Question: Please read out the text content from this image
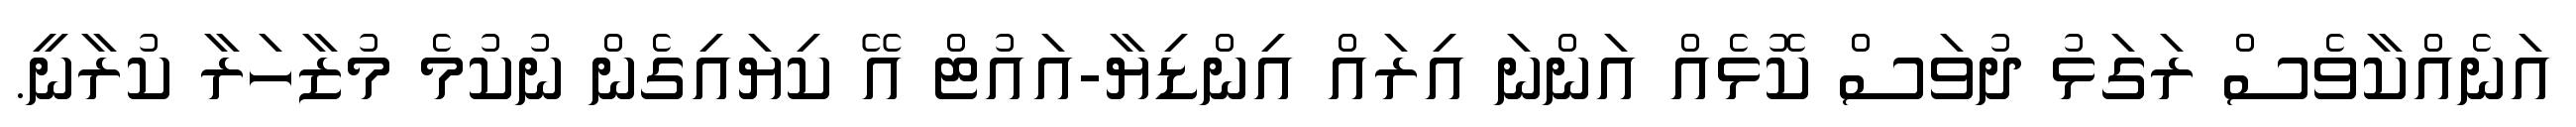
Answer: އަނެއްކާވެސް ރަގަޅު ދުވަސް ކޮޅެއް އަންނަ އިރައް އިންޑިޔާ-އައުޓް އޭ ކިޔައިގެން ނުކުމެ މުޒާހަރާ ކުރާނީ.